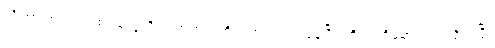
ညိုဟာ အဝတ်အစားတွေကို လက်ထဲကကိုင်ထားရင်းကနေပြီး ကိုရင့်ကိုမော်ကြည့်လိုက်ပြီး